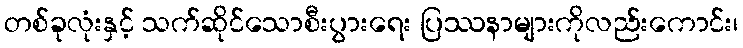
တစ်ခုလုံးနှင့် သက်ဆိုင်သောစီးပွားရေး ပြဿနာများကိုလည်းကောင်း၊